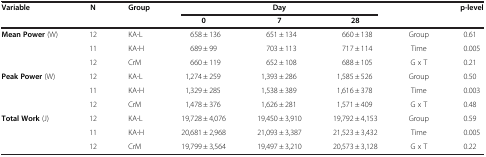
<table><thead><tr><td><b>Variable</b></td><td><b>N</b></td><td><b>Group</b></td><td colspan="3"><b>Day</b></td><td><b> </b></td><td><b>p-level</b></td></tr><tr><td><b> </b></td><td><b> </b></td><td><b> </b></td><td><b>0</b></td><td><b>7</b></td><td><b>28</b></td><td><b> </b></td><td><b> </b></td></tr></thead><tbody><tr><td><b>Mean Power</b> (W)</td><td>12</td><td>KA-L</td><td>658 ± 136</td><td>651 ± 134</td><td>660 ± 138</td><td>Group</td><td>0.61</td></tr><tr><td> </td><td>11</td><td>KA-H</td><td>689 ± 99</td><td>703 ± 113</td><td>717 ± 114</td><td>Time</td><td>0.005</td></tr><tr><td> </td><td>12</td><td>CrM</td><td>660 ± 119</td><td>652 ± 108</td><td>688 ± 105</td><td>G x T</td><td>0.21</td></tr><tr><td><b>Peak Power</b> (W)</td><td>12</td><td>KA-L</td><td>1,274 ± 259</td><td>1,393 ± 286</td><td>1,585 ± 526</td><td>Group</td><td>0.50</td></tr><tr><td> </td><td>11</td><td>KA-H</td><td>1,329 ± 285</td><td>1,538 ± 389</td><td>1,616 ± 378</td><td>Time</td><td>0.003</td></tr><tr><td> </td><td>12</td><td>CrM</td><td>1,478 ± 376</td><td>1,626 ± 281</td><td>1,571 ± 409</td><td>G x T</td><td>0.48</td></tr><tr><td><b>Total Work</b> (J)</td><td>12</td><td>KA-L</td><td>19,728 ± 4,076</td><td>19,450 ± 3,910</td><td>19,792 ± 4,153</td><td>Group</td><td>0.59</td></tr><tr><td> </td><td>11</td><td>KA-H</td><td>20,681 ± 2,968</td><td>21,093 ± 3,387</td><td>21,523 ± 3,432</td><td>Time</td><td>0.005</td></tr><tr><td> </td><td>12</td><td>CrM</td><td>19,799 ± 3,564</td><td>19,497 ± 3,210</td><td>20,573 ± 3,128</td><td>G x T</td><td>0.22</td></tr></tbody></table>